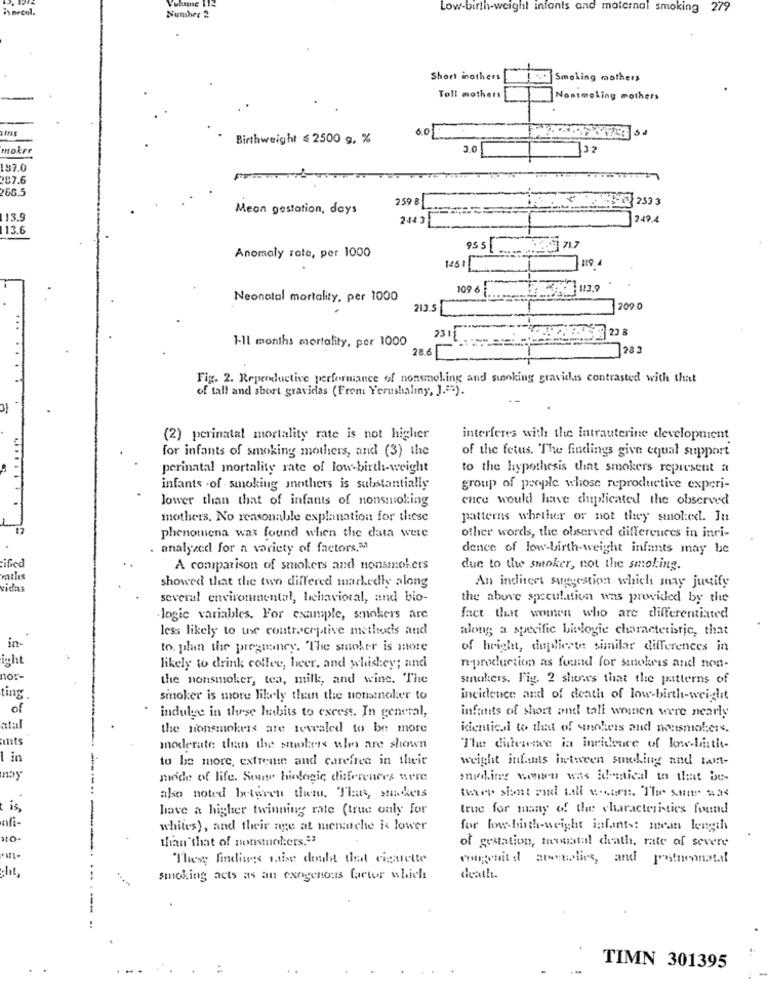
Volume 11:
is necol.
Low-birth-weight infants and maternal smoking 279
Number 2
Short inothers
Smoking mothers
Toll mothers
Nonsmoking mothers
00
Birthweight ≤ 2500 g, %
moker
3.0
197.0
2$7.6
266.5
259 8
93 233 3
Meon gestation, days
113.9
244 3
-
13.6
95 5
Anomaly rote, per 1000
119
1461
109 6
113.9
Neonatal mortality, per 1000
213.5
209.0
1-11 months mortality, per 1000
231
23 8
283
28.6
Fig. 2. Reproductive performance of nonsmoking and smoking gravidas contrasted with that
of tall and short gravidas (Front Yerushaliny, J."").
(2) perinatal mortality rate is not higher
interferes with the intrauterine development
for infants of smoking mothiers, and (3) the
of the fetus. The findings give equal support
perinatal mortality rate of low-birth-weight
to the hypothesis that smokers represent a
infants .of smoking mothers is substantially
group of people whose reproductive experi-
lower than that of infants of nonsmoking
ence would have duplicated the observed
.........
mothers. No reasonable explanation for these
patterns whether or not they smol:cd. Ju
phenomena was found when the data were
other words, the observed differences in inci-
analyzed for a variety of factors,31
dence of low-birth-weight infants may be
ified
A comparison of smokers and nonsmokers
due to the smoker, not the smoking.
atlas
vidas
showed that the two differed markedly along
An inchert suggestion which may justify
several environmental, behavioral, and bio-
the above speculation was provided by the
logic variables. For example, smokers are
fact that women who are differentiated
less likely to use contraceptive methods and
along; a specific biologie characteristic, that
in-
to. plan the pregmoney. The smoker is more
of height, duplicou: similar differences in
icht
likely to drink coffee, heer, and whiskey; and
reproduction as found for sinokris and non-
nor-
the nonsmoker, tea, milk, and wine. The
smokers. Fig. 2 shows that the patterns of
ting
smoker is more likely than the nonsmoker to
incidence and of death of low-birth-weight
of
infants of short and tali wonen were nearly
indulges in these habits to excest. In general,
atal
the nonsmokers are revealed to be more
kientical to that of ynoheis and nousmol:cis.
ents
moderate than the stworkers who are shown
The difference in incidence of low-birth-
1 in
to be more, extreme and carefree in their
weight infants between smoking and tam-
mode of life. Some hiologic differences were
smoking wonen was identical to that be-
ako noted betgren them. That, makers
iwas shot and fall wochen. "The same was
is,
have a higher twinning rate (true only for
true for many of the characteristics found
whites), and their nge at menuche is lower
for low birth-weight infants: mean length
HO-
than that of nonsmokers,"
of gestation, menustal death, rate of severe
These findings sabe doubt that cigarette
:lit,
smoking acts as an exogenous factor which
death.
-.
TIMN 301395